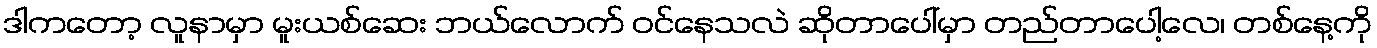
ဒါကတော့ လူနာမှာ မူးယစ်ဆေး ဘယ်လောက် ဝင်နေသလဲ ဆိုတာပေါ်မှာ တည်တာပေါ့လေ၊ တစ်နေ့ကို